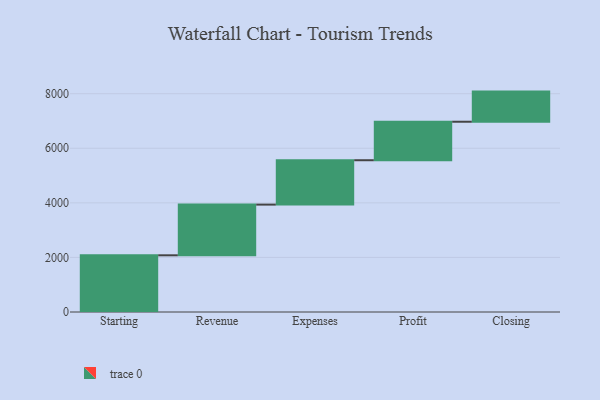
{"axis": {"x": "Step", "y": "Value"}, "legend": [""], "data": [{"x": "Starting", "y": 2078.0, "type": ""}, {"x": "Revenue", "y": 1858.0, "type": ""}, {"x": "Expenses", "y": 1626.0, "type": ""}, {"x": "Profit", "y": 1411.0, "type": ""}, {"x": "Closing", "y": 1104.0, "type": ""}]}